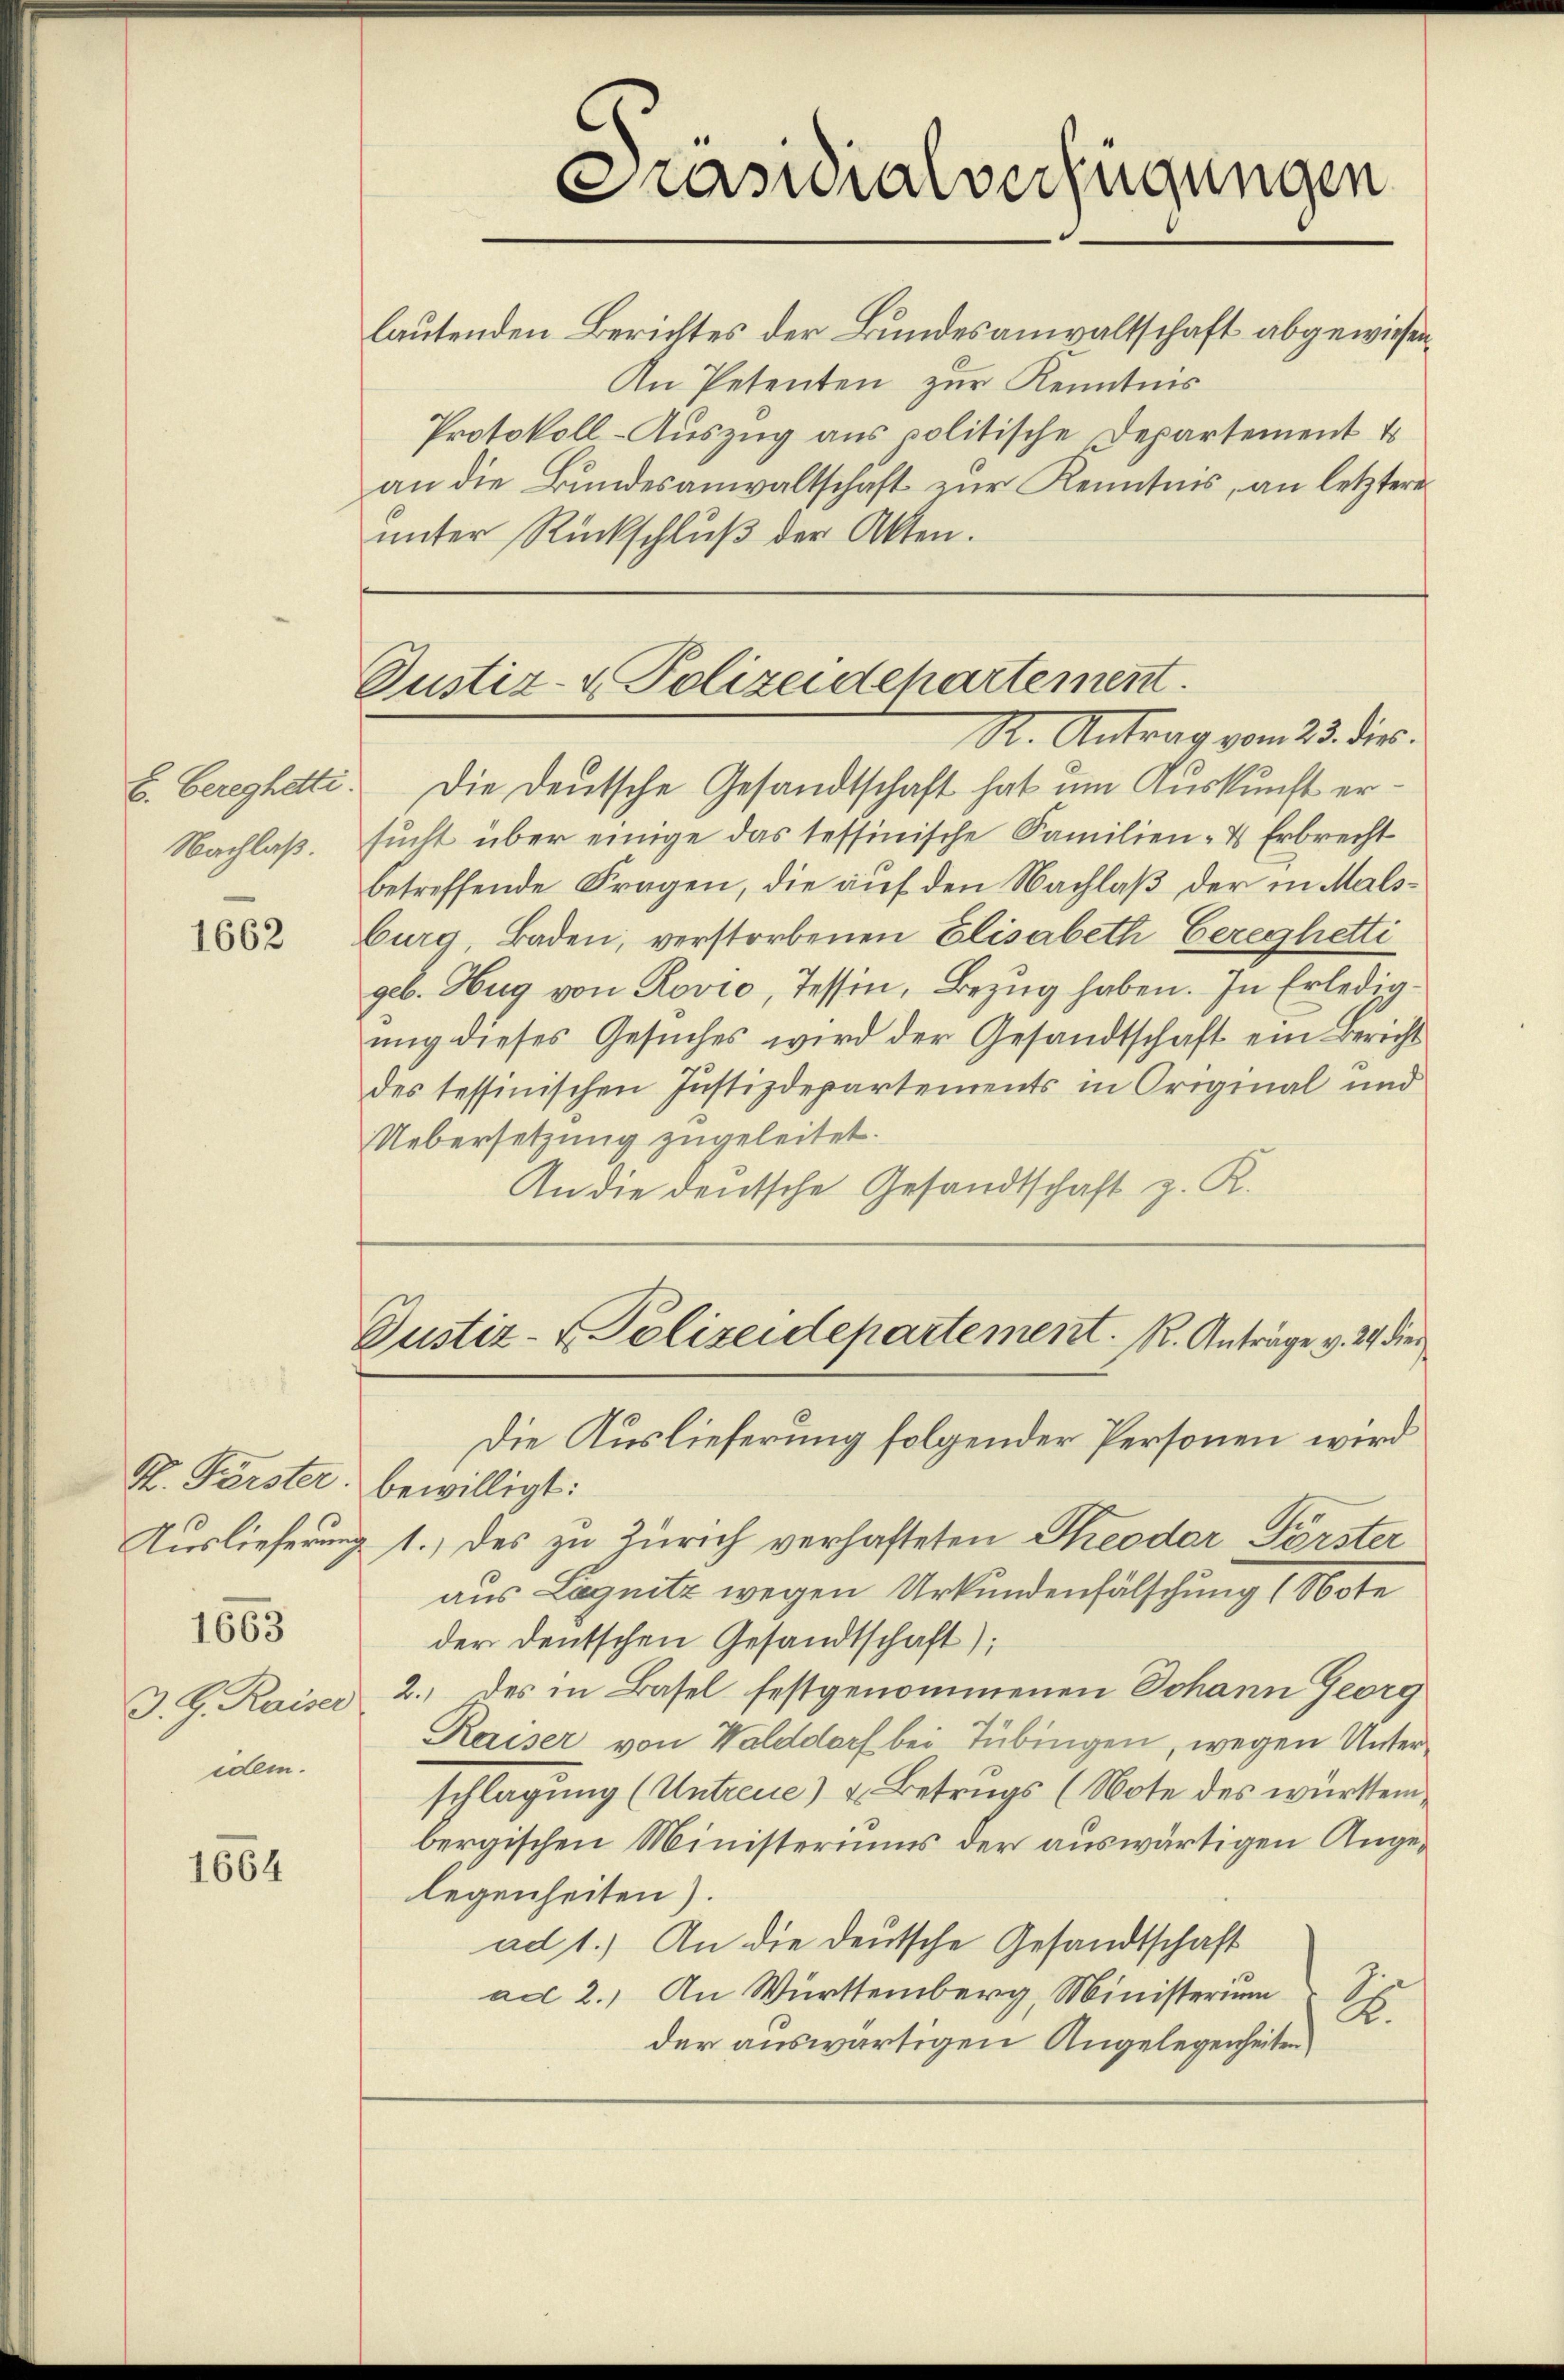
E. Berechetti.
Nachlaß.

1662

St. Fürster.

1663

J. G. Kaiser
edem.

1664

Prasialverfügungen

lautenden Berichtes der Bundesanwaltschaft abgewiesen.
An Petenten zur Kenntnis
Protokoll-Auszug aus politische Departement t
an die Bŭndesanwaltschaft zŭr Kenntnis, an letztere
ŭnter Rückschlŭβ der Akten.

Die Deutsche Gesandtschaft hat um Auskunft ersucht über einige das tessinische Familien- & Erbrecht
betreffende Fragen, die auf den Nachlaß der in Malsburg, Baden, verstorbenen Elisabeth bereghetti
geb. Hug von Rovio, Tessin, Bezug haben. In Erledigŭng dieses Gesŭches wird der Gesandtschaft ein Bericht
des tessinischen Justizdepartements in Original und
Uebersetzung zugeleitet.
An die deutsche Gesandtschaft z. R.

Justiz- & Polizeidepartement.
St. Antrag vom 23. die

Justiz- & Polizeidepartement. R. Anträge v. 29 die

Die Auslieferung folgender Personen wird
bewilligt:
Auslieferung 1.) des zu Zürich verhafteten Theodor Förster
aus Legnitz wegen Urkundenfälschung (Note
der deutschen Gesandtschaft);
2.) des in Basel festgenommenen Johann Georg
Kaiser von Walddorf bei Tübingen, wegen Unterschlagung (Untreue) u. Betrugs (Note des württembergischen Ministeriums der auswärtigen Angelegenheiten).
ad 1.) An die deutsche Gesandtschaft
ad 2.) An Württemberg, Ministerium
2
der auswärtigen Angelegenheiten